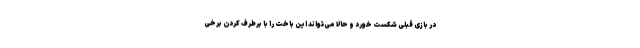
در بازی قبلی شکست خورد و حالا می‌تواند این باخت را با برطرف کردن برخی